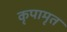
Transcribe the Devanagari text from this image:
कृपामृत